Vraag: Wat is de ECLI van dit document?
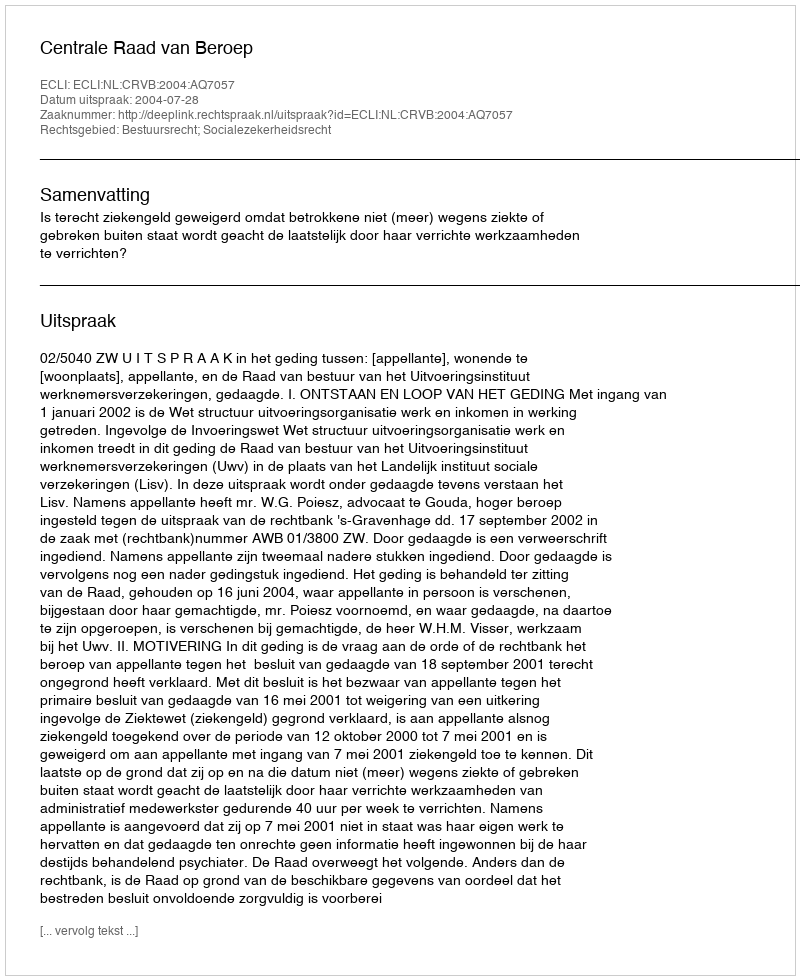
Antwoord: ECLI:NL:CRVB:2004:AQ7057